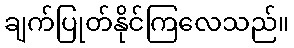
ချက်ပြုတ်နိုင်ကြလေသည်။